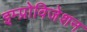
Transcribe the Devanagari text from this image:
इम्प्रोविजेशन